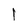
Character: l